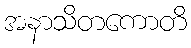
အနာသိတကောတိ